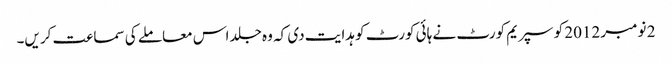
2 نومبر 2012 کو سپریم کورٹ نے ہائی کورٹ کو ہدایت دی کہ وہ جلد اس معاملے کی سماعت کریں۔